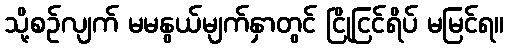
သို့စဉ်လျက် မမနွယ်မျက်နှာတွင် ငြိုငြင်ရိပ် မမြင်ရ။